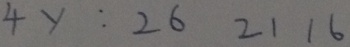
4 y : 2 6 2 1 1 6